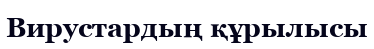
Вирустардың құрылысы